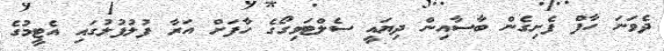
ދެވަނަ ހާފް ފެށިގެން ބާސާއިން ދިޔައީ ސެލްޓަވިގޯގެ ހާފަށް އަރާ ފުލުފުލުގައި އެޓީމުގެ